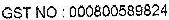
GST NO : 000800589824